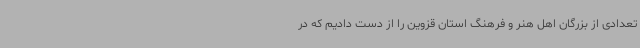
تعدادی از بزرگان اهل هنر و فرهنگ استان قزوین را از دست دادیم که در